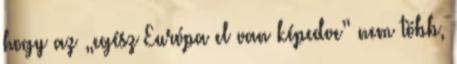
hogy az „egész Európa el van képedve” nem több,